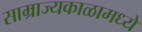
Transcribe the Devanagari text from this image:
साम्राज्यकाळामध्ये